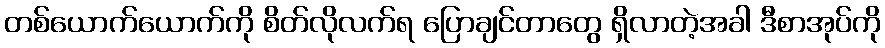
တစ်ယောက်ယောက်ကို စိတ်လိုလက်ရ ပြောချင်တာတွေ ရှိလာတဲ့အခါ ဒီစာအုပ်ကို